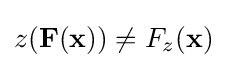
z(\mathbf {F} (\mathbf {x} ))\neq F_{z}(\mathbf {x} )